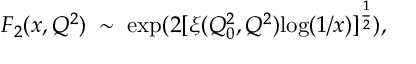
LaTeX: F _ { 2 } ( x , Q ^ { 2 } ) \; \sim \; \mathrm { e x p } ( 2 [ \xi ( Q _ { 0 } ^ { 2 } , Q ^ { 2 } ) \mathrm { l o g } ( 1 / x ) ] ^ { \frac { 1 } { 2 } } ) ,